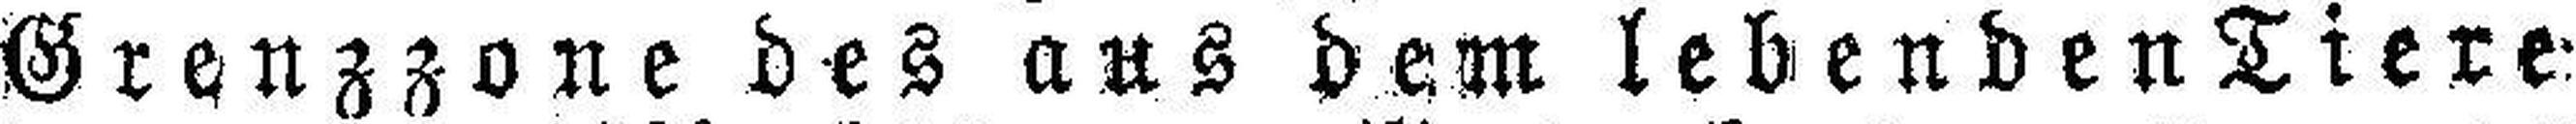
Grenzzone des ans dem lebenden Tiere